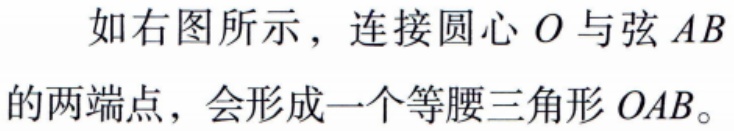
如右图所示，连接圆心\(O\)与弦\(AB\)的两端点，会形成一个等腰三角形\(OAB\)。